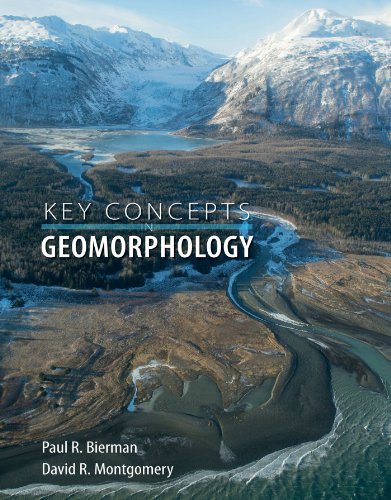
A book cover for Key Concepts in Geomorphology; Paul R. Bierman; Science & Math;